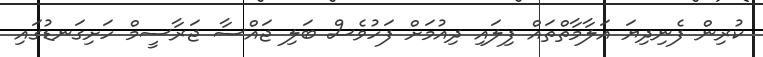
ކުރިން ފެނިދިޔަ އަލާމާތްތައް ފިލައި ދިއުމަށް ފަހުވެސް ބަލި ޖައްސާ ޖަރާސީމް ހަށިގަނޑުގައި